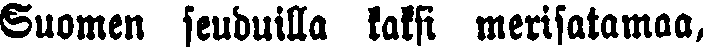
Suomen seuduilla kaksi merisatamaa,